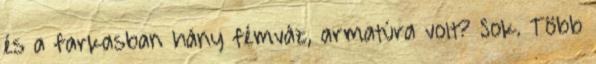
és a farkasban hány fémváz, armatúra volt? Sok. Több